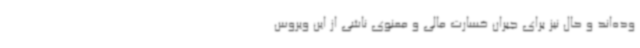
وده‌اند و حال نیز برای جبران خسارت مالی و معنوی ناشی از این ویروس